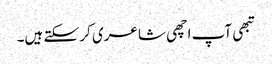
تبھی آپ اچھی شاعری کر سکتے ہیں۔